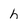
Character: h